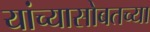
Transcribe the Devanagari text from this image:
यांच्यासोबतच्या